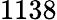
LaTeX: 1138